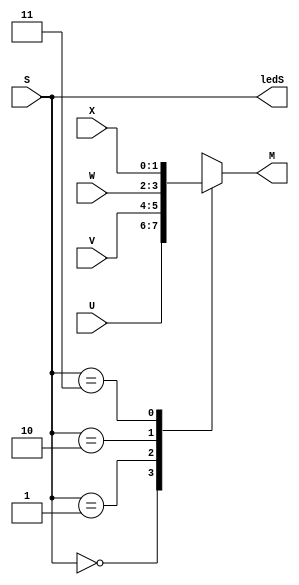
module MUX4to1_Beha (U, V, W, X, S, ledS, M);
	input [1:0] U;
	input [1:0] V;
	input [1:0] W;
	input [1:0] X;
   input [1:0] S;
	
	output [1:0] ledS;
	output reg [1:0] M;
	
	assign ledS = S;
	
	always @ (*) begin
		case (S)
			0: M = U;
			1: M = V;
			2: M = W;
			3: M = X;
		endcase
	end
endmodule